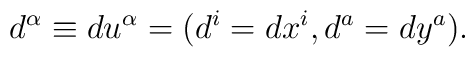
d^{\alpha }\equiv du^{\alpha }=(d^{i}=dx^{i},d^{a}=dy^{a}).